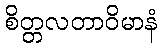
စိတ္တလတာဝိမာနံ